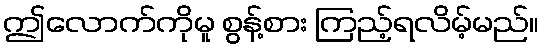
ဤလောက်ကိုမူ စွန့်စား ကြည့်ရလိမ့်မည်။